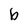
Character: b